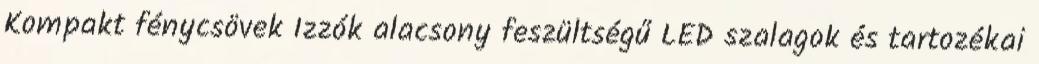
Kompakt fénycsövek Izzók alacsony feszültségű LED szalagok és tartozékai